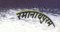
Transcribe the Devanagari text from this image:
रमानाथपुरम